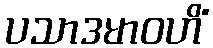
ပသာဒမာဝဟိံ